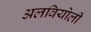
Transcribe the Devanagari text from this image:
अलवियोली